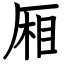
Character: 厢